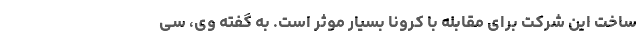
ساخت این شرکت برای مقابله با کرونا بسیار موثر است. به گفته وی، سی